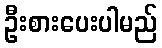
ဦးစားပေးပါမည်